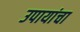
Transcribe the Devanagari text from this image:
उपायांचा